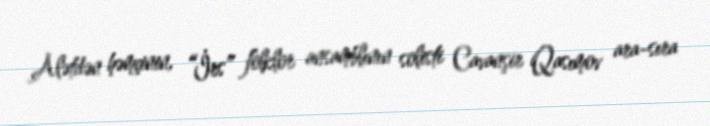
Alətdən həmçinin, “İrs” folklor ansamblının solisti Cavanşir Qasımov ara-sıra